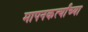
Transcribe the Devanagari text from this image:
मापनकर्त्यांच्या